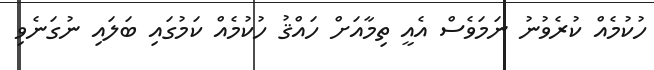
ހުކުމެއް ކުރެވުނު ނަމަވެސް އެއީ ތިމާއަށް ހައްޤު ހުކުމެއް ކަމުގައި ބަލައި ނުގަނެވި